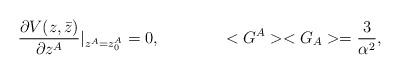
LaTeX: \begin{align*}\frac{\partial V(z, \bar z)}{\partial z^A} \vert_{ z^A = z^A_0} = 0,\qquad\qquad <G^A><G_A> = \frac{3}{\alpha^2},\end{align*}